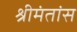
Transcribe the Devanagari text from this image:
श्रीमंतांस